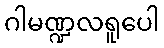
ဂါမဏ္ဍလရူပေါ